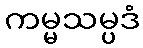
ကမ္မသမ္ပဒံ